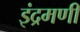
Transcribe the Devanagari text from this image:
इंद्रमणी